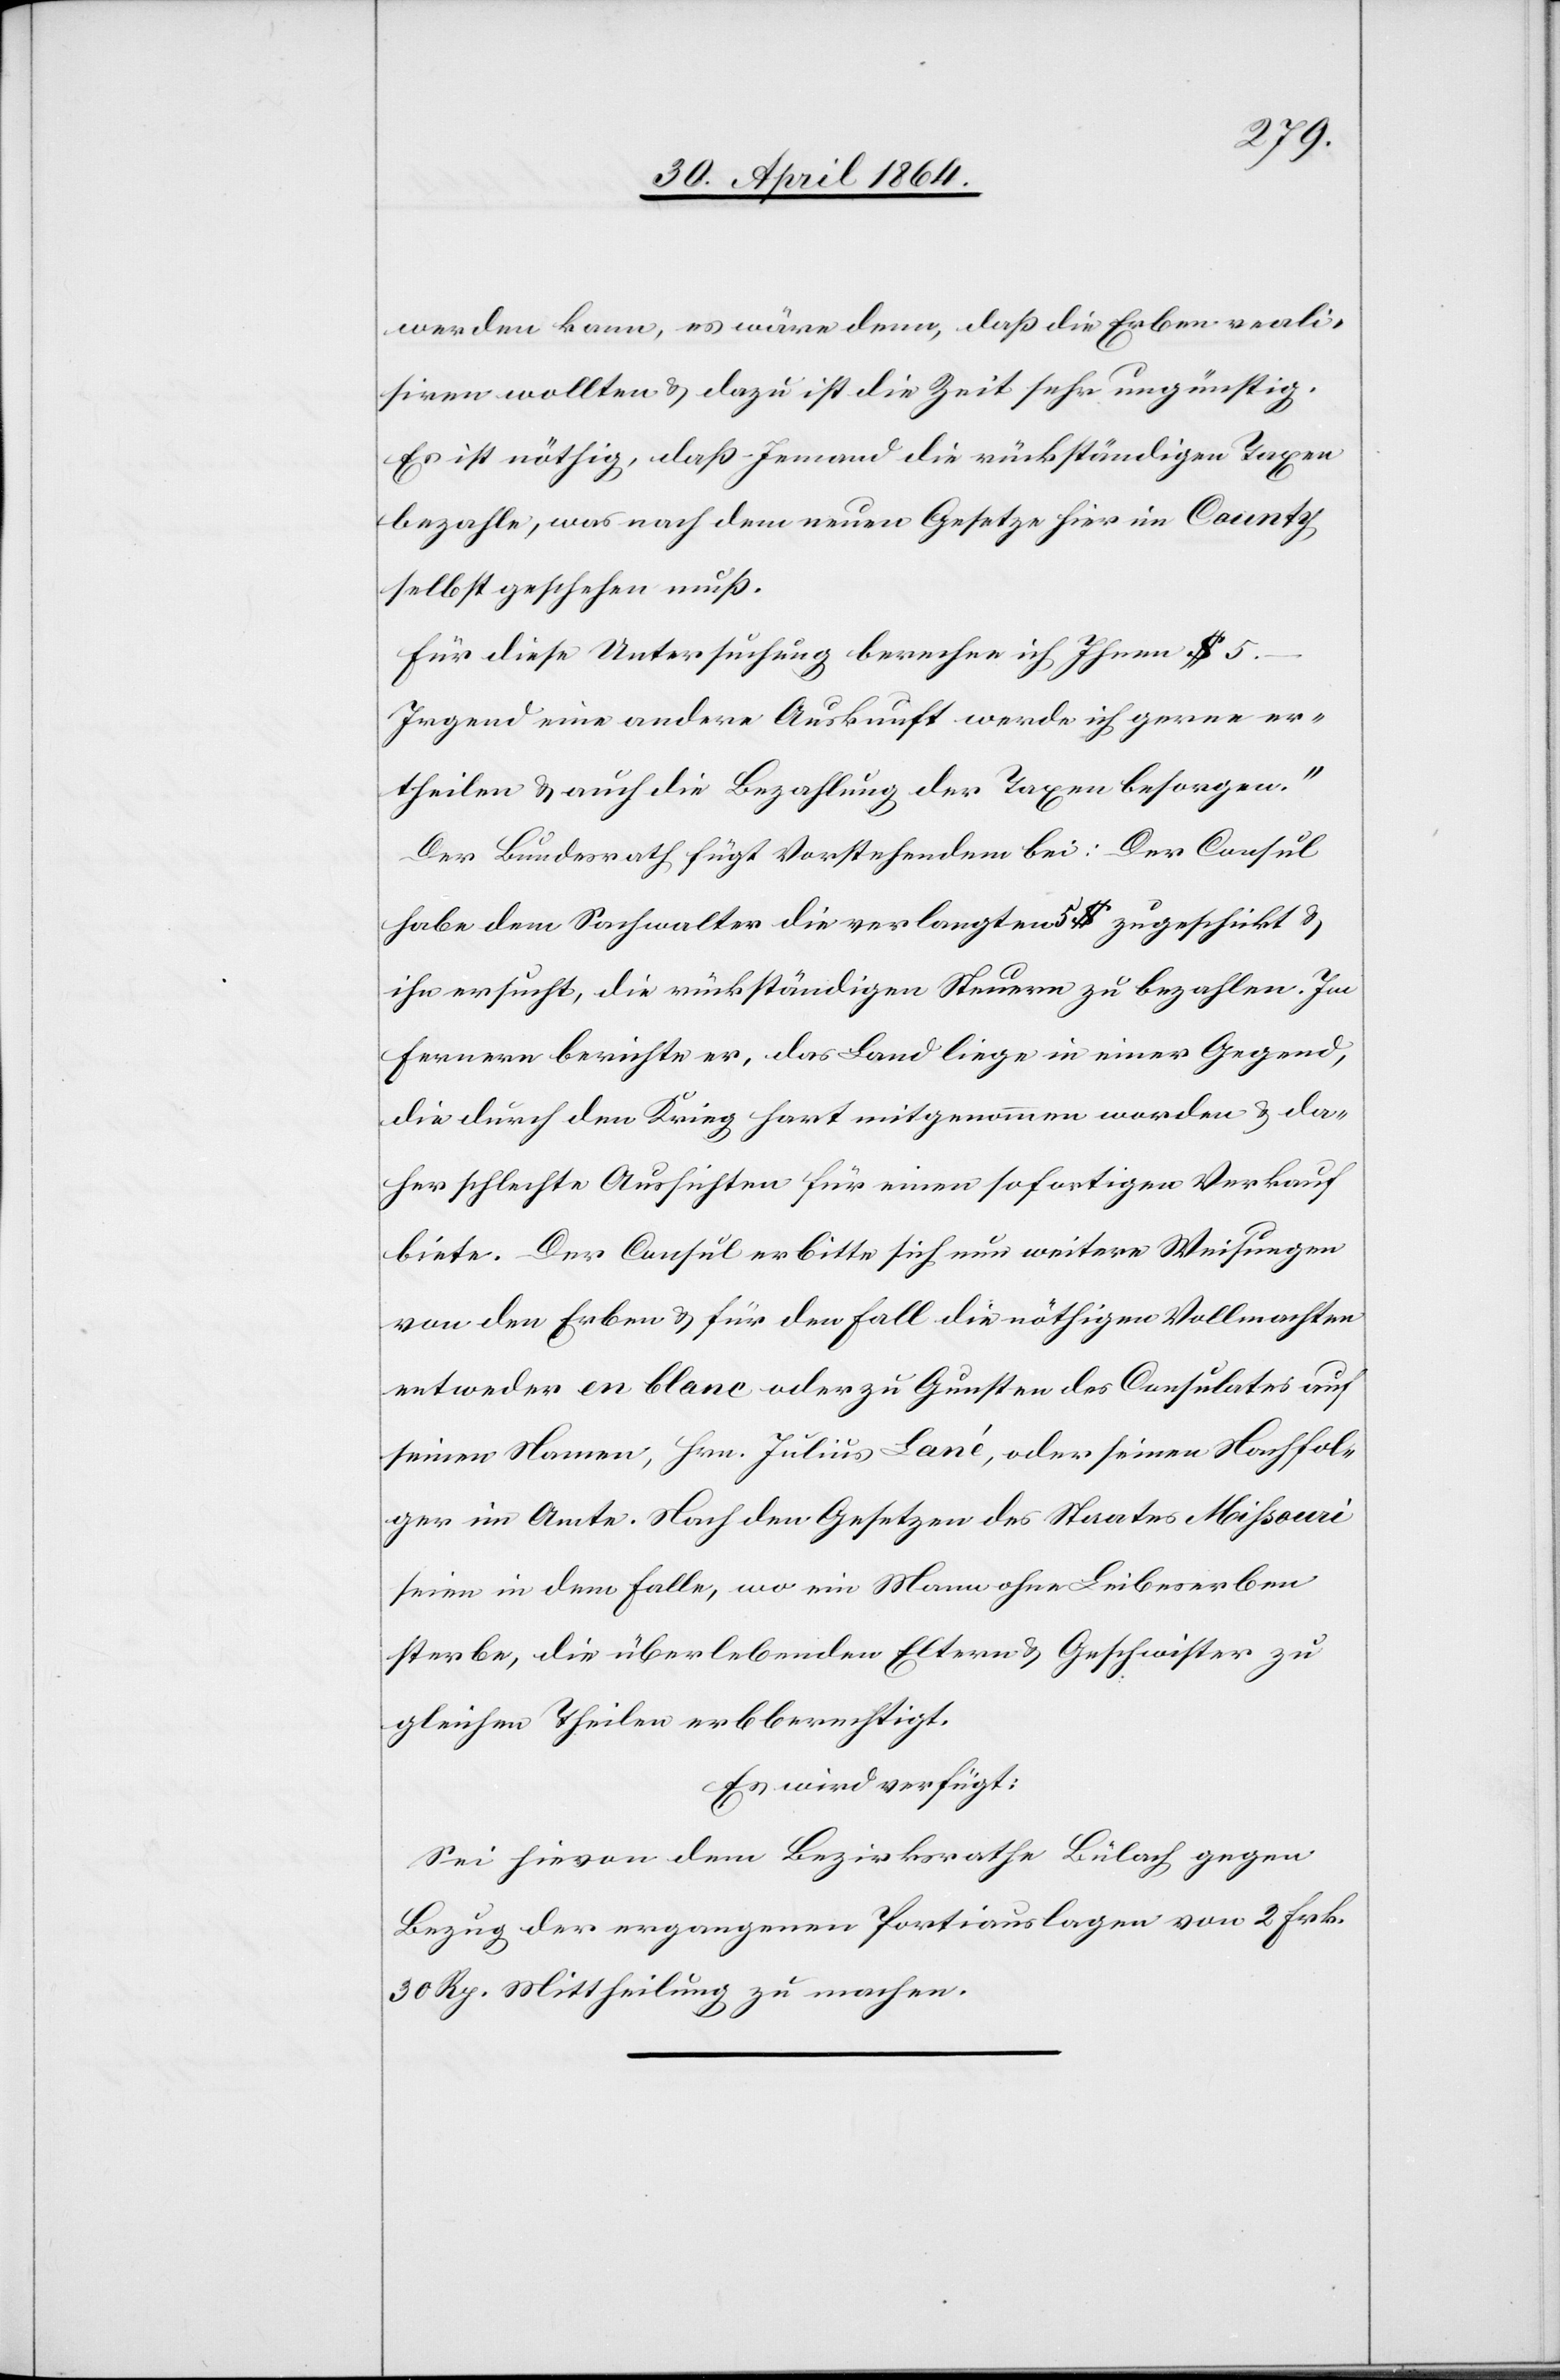
werden kann, es wäre denn, daß die Erben reali¬
siren wollten u. dazu ist die Zeit sehr ungünstig.
Es ist nöthig, daß Jemand die rückständigen Taxen
bezahle, was nach dem neuen Gesetze hier in County
selbst geschehen muß.
Für diese Untersuchung berechne ich Ihnen $
Irgend eine andere Auskunft werde ich gerne er¬
theilen u. auch die Bezahlung des Taxen besorgen.“
Der Bundesrath fügt Vorstehendem bei: Der Consul
habe dem Sachwalter die verlangten 5 $ zugeschickt u.
ihn ersucht, die rückständigen Steuern zu bezahlen. Im
Fernern berichte er, das Land liege in einer Gegend,
die durch den Krieg hart mitgenommen worden u. da¬
her schlechte Aussichten für einen sofortigen Verkauf
biete. Der Consul erbitte sich nun weitere Weisungen
von den Erben u. für den Fall die nöthigen Vollmachten
entweder en blanc oder zu Gunsten des Consulates auf
seinen Namen, Hrn. Julius Lané, oder seinen Nachfol¬
ger im Amte. Nach den Gesetzen des Staates Missouri
seien in dem Falle, wo ein Mann ohne Leibeserben
sterbe, die überlebenden Eltern u. Geschwister zu
gleichen Theilen erbberechtigt.
Es wird verfügt:
Sei hievon dem Bezirksrathe Bülach gegen
Bezug der ergangenen Portiauslagen von 2 Frk.
30 Rp. Mittheilung zu machen.